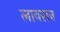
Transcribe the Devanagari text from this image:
लावसन